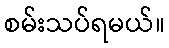
စမ်းသပ်ရမယ်။